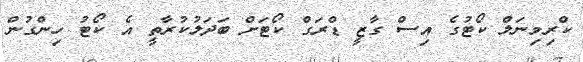
ކްރިމިނަލް ކޯޓުގެ އިސް ގާޒީ ޑްރަގް ކޯޓަށް ބަދަލުކުރާތީ އެ ކޯޓު ހިންގުން